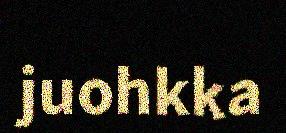
juohkka